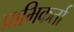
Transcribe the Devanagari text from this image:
प्राभिकर्ता